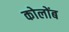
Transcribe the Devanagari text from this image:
कोलोंब